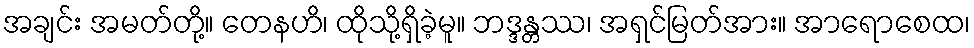
အချင်း အမတ်တို့။ တေနဟိ၊ ထိုသို့ရှိခဲ့မူ။ ဘဒ္ဒန္တဿ၊ အရှင်မြတ်အား။ အာရောစေထ၊